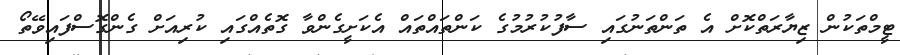
ޓީމްތަކުން ޒިޔާރަތްކޮށް އެ ތަންތަނުގައި ސާފުކުރުމުގެ ކަންތައްތައް އެކަށީގެންވާ ގޮތެއްގައި ކުރިއަށް ގެންގޮސްފައިވޭތޯ